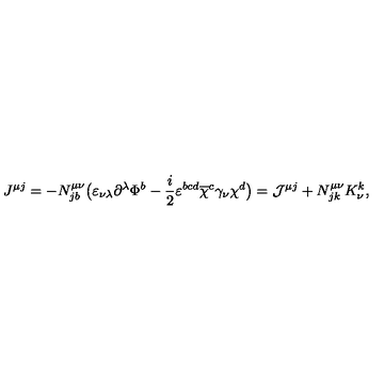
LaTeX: J ^ { \mu j } = - N _ { j b } ^ { \mu \nu } \bigl ( \varepsilon _ { \nu \lambda } \partial ^ { \lambda } \Phi ^ { b } - \frac i 2 \varepsilon ^ { b c d } \overline { { \chi } } ^ { c } \gamma _ { \nu } \chi ^ { d } \bigr ) = { \cal J } ^ { \mu j } + N _ { j k } ^ { \mu \nu } K _ { \nu } ^ { k } ,